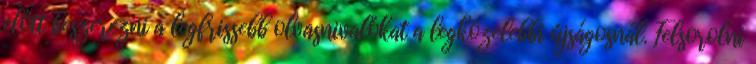
előtt beszerezni a legfrissebb olvasnivalókat a legközelebbi újságosnál. Felsorolni